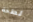
لطخة